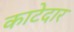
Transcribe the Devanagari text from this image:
काटेदार